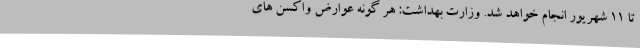
تا ۱۱ شهریور انجام خواهد شد. وزارت بهداشت: هر گونه عوارض واکسن‌ های